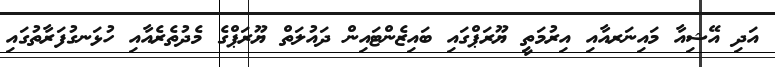
އަދި އޭޝިއާ މައިނަރއާއި އިރުމަތީ ޔޫރަޕްގައި ބައިޒެންޓައިން ދައުލަތް ޔޫރަޕްގެ މެދުތެރެއާއި ހުޅަނގުފަރާތުގައި